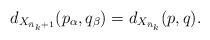
LaTeX: \begin{align*} d_{X_{\bar n_k+1}}(p_\alpha, q_\beta) = d_{X_{\bar n_k}}(p,q). \end{align*}